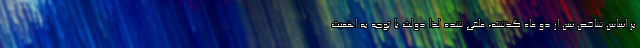
بر اساس شاخص سن از دو ماه گذشته، ملغی شده لذا دولت با توجه به اهمیت